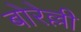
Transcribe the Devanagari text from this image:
बोरेल्ली